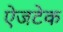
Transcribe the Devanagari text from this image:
ऐजटेक